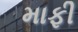
માફી